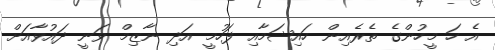
އެ ހަ މީހުންގެ ތެރެއިން ހައިޝަމާއި ފަހުމީ އަދި ނާޒިމް ވަނީ ދައުވާއަށް